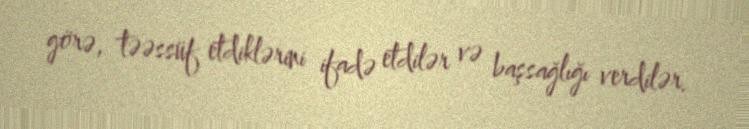
görə, təəssüf etdiklərini ifadə etdilər və başsağlığı verdilər.